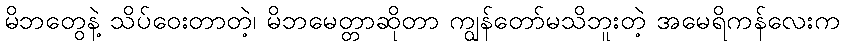
မိဘတွေနဲ့ သိပ်ဝေးတာတဲ့၊ မိဘမေတ္တာဆိုတာ ကျွန်တော်မသိဘူးတဲ့ အမေရိကန်လေးက